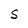
Character: S